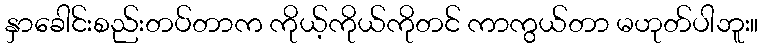
နှာခေါင်းစည်းတပ်တာက ကိုယ့်ကိုယ်ကိုတင် ကာကွယ်တာ မဟုတ်ပါဘူး။